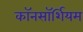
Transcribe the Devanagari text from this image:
कॉनसॉर्शियम